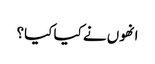
انھوں نے کیا کیا؟